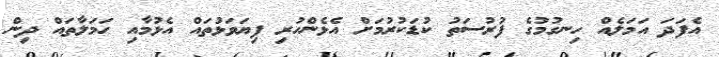
އެފަދަ އަމަލެއް ހިނގުމުގެ ފުރުސަތު ކުޑަކުރުމަށް އެޅެންހުރި ފިޔަވަޅުތައް އެޅުމާއި ހަމަލާތައް ދިން